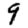
Digit: 9